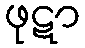
ဖုဋာ